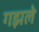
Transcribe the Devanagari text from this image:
गझले